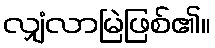
လျှံလာမြဲဖြစ်၏။